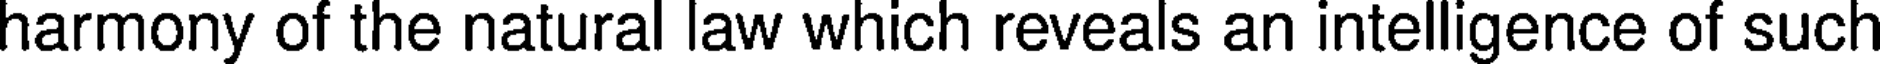
harmony of the natural law which reveals an intelligence of such